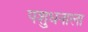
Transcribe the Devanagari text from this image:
पशुधनाला